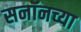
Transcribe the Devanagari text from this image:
सनॉनच्या